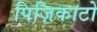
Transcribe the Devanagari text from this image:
पिज़िकाटो